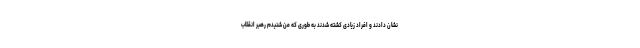
نشان دادند و افراد زیادی کشته شدند به طوری که من شنیدم رهبر انقلاب